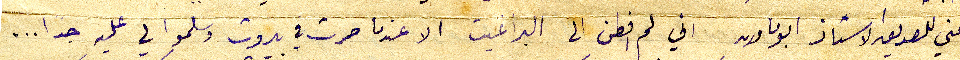
عني للصديق الاستاذ ابو مارون اني لم افطن الى البراغيت الاعندما صرت في بيروت وسلموا لي عليه جدًا...